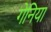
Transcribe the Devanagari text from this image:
गेनिया